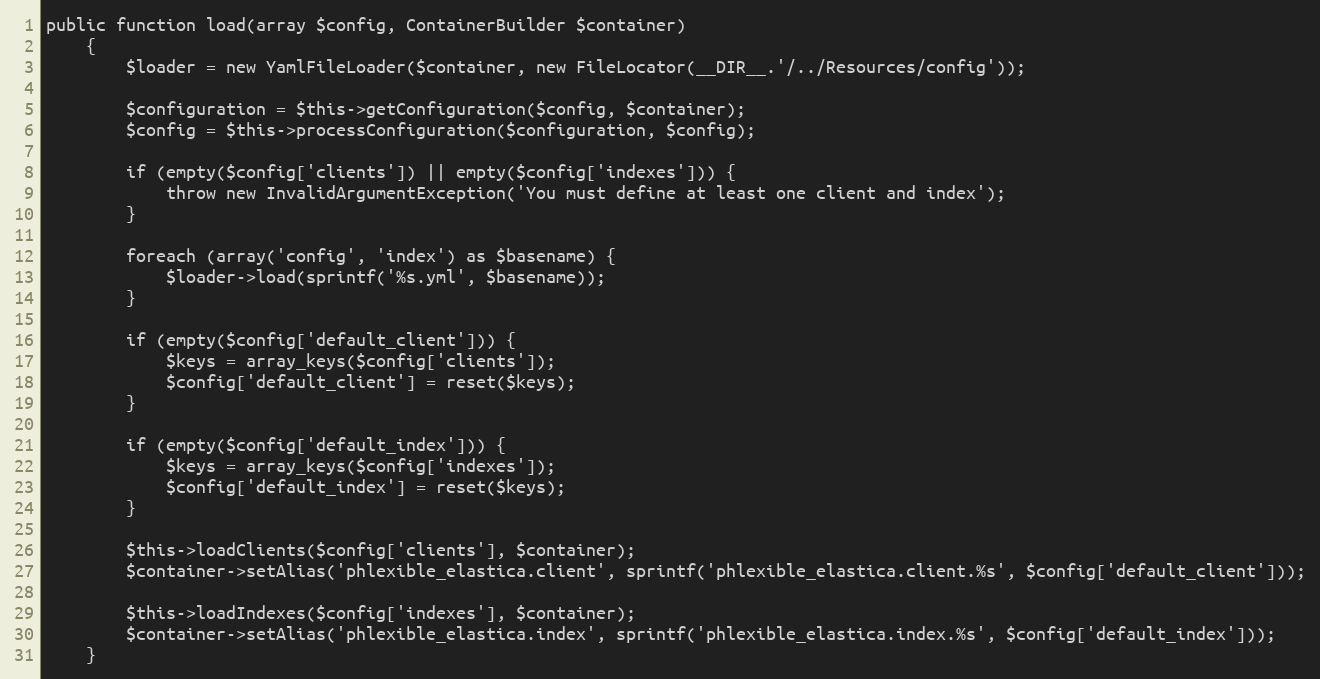
Language: PHP
public function load(array $config, ContainerBuilder $container)
    {
        $loader = new YamlFileLoader($container, new FileLocator(__DIR__.'/../Resources/config'));

        $configuration = $this->getConfiguration($config, $container);
        $config = $this->processConfiguration($configuration, $config);

        if (empty($config['clients']) || empty($config['indexes'])) {
            throw new InvalidArgumentException('You must define at least one client and index');
        }

        foreach (array('config', 'index') as $basename) {
            $loader->load(sprintf('%s.yml', $basename));
        }

        if (empty($config['default_client'])) {
            $keys = array_keys($config['clients']);
            $config['default_client'] = reset($keys);
        }

        if (empty($config['default_index'])) {
            $keys = array_keys($config['indexes']);
            $config['default_index'] = reset($keys);
        }

        $this->loadClients($config['clients'], $container);
        $container->setAlias('phlexible_elastica.client', sprintf('phlexible_elastica.client.%s', $config['default_client']));

        $this->loadIndexes($config['indexes'], $container);
        $container->setAlias('phlexible_elastica.index', sprintf('phlexible_elastica.index.%s', $config['default_index']));
    }